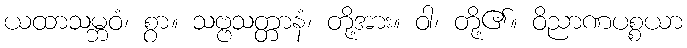
ယထာသမ္ဘဝံ၊ စွာ။ သဗ္ဗသတ္တာနံ၊ တို့အား။ ဝါ၊ တို့၏။ ဝိညာဏပစ္စယာ